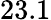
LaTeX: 23.1